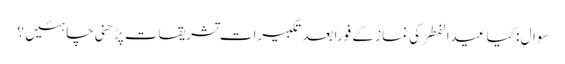
سوال : کیا عیدالفطر کی نماز کے فوراً بعد تکبیرات تشریقات پڑھنی چاہئیں ؟